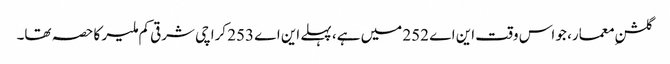
گلشنِ معمار، جو اس وقت این اے 252 میں ہے، پہلے این اے 253 کراچی شرقی کم ملیر کا حصہ تھا۔